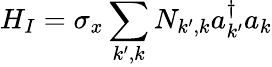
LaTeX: H_{I}=\sigma_{x}\sum_{k^{\prime},k}N_{k^{\prime},k}a_{k^{\prime}}^{\dagger}a_{k}